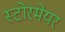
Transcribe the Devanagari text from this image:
स्टोरमेयर